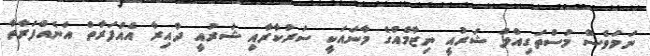
ނަމަވެސް މުސްތަގިއްލު ޝަރުއީ ނިޒާމެއްގެ މާނައަކީ ސަރުކާރާއި ޝަރުއީ ދާއިރާ އެއްފަރާތް އަނެއްފަރާތާ